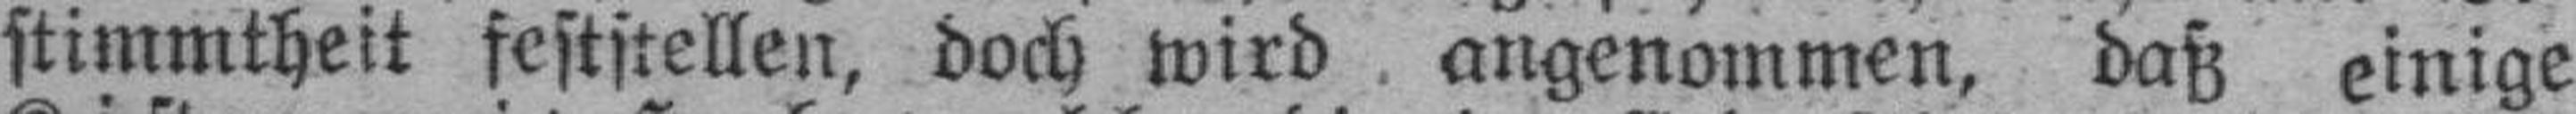
stimmtheit feststellen, doch wird angenommen, daß einige